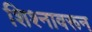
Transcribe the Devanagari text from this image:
शिश्नावरून